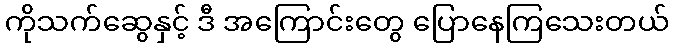
ကိုသက်ဆွေနှင့် ဒီ အကြောင်းတွေ ပြောနေကြသေးတယ်